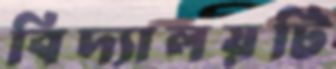
বিদ্যালয়টি